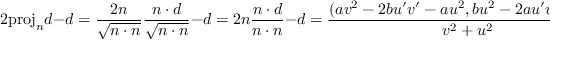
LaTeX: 2 { \mathrm { p r o j } } _ { n } d - d = { \frac { 2 n } { \sqrt { n \cdot n } } } { \frac { n \cdot d } { \sqrt { n \cdot n } } } - d = 2 n { \frac { n \cdot d } { n \cdot n } } - d = { \frac { ( a v ^ { 2 } - 2 b u ^ { \prime } v ^ { \prime } - a u ^ { 2 } , b u ^ { 2 } - 2 a u ^ { \prime } v ^ { \prime } - b v ^ { 2 } ) } { v ^ { 2 } + u ^ { 2 } } }